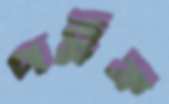
পড়ুক